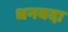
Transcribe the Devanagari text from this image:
धनवदा